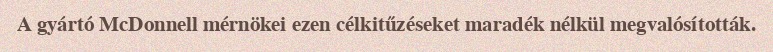
A gyártó McDonnell mérnökei ezen célkitűzéseket maradék nélkül megvalósították.